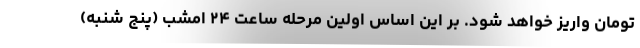
تومان واریز خواهد شود. بر این اساس اولین مرحله ساعت ۲۴ امشب (پنج شنبه)